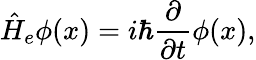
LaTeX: \hat{H}_{e}\phi(x)=i\hbar\frac{\partial}{\partial t}\phi(x),